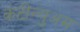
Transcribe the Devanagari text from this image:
कंटीन्युअम